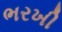
ભરખી